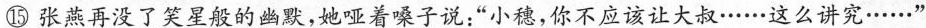
⑮张燕再没了笑星般的幽默,她哑着嗓子说:“小穗,你不应该让大叔……这么讲究……’